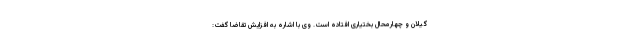
گیلان و چهارمحال بختیاری افتاده است. وی با اشاره به افزایش تقاضا گفت: